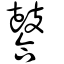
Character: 䶀